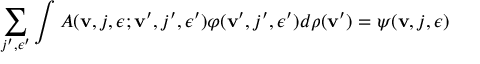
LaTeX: \sum _ { j ^ { \prime } , \epsilon ^ { \prime } } \int A ( { \bf v } , j , \epsilon ; { \bf v } ^ { \prime } , j ^ { \prime } , \epsilon ^ { \prime } ) \varphi ( { \bf v } ^ { \prime } , j ^ { \prime } , \epsilon ^ { \prime } ) d \rho ( { \bf v } ^ { \prime } ) = \psi ( { \bf v } , j , \epsilon )